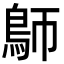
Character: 𩿐